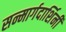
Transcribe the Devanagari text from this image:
सन्मार्गदार्शिनी